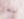
له